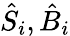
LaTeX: {\hat{S}}_{i},{\hat{B}}_{i}